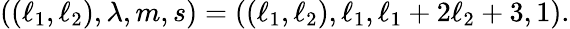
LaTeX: ((\ell_{1},\ell_{2}),\lambda,m,s)=((\ell_{1},\ell_{2}),\ell_{1},\ell_{1}+2\ell_{2}+3,1).